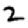
Digit: 2